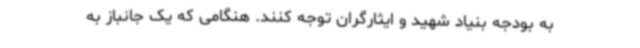
به بودجه بنیاد شهید و ایثارگران توجه کنند. هنگامی که یک جانباز به